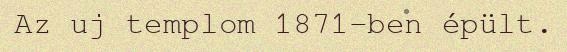
Az uj templom 1871-ben épült.